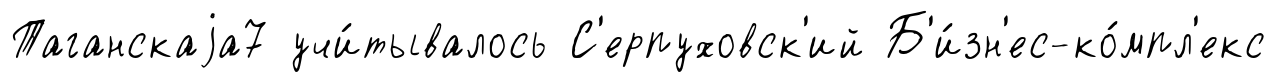
Таганскаjа7 учи́тывалось С'ерпуховск'ий Б'и́зн'ес-ко́мпл'екс